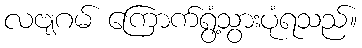
လဗျဂမ် ကြောက်ရွံ့သွားပုံရသည်။